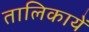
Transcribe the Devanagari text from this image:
तालिकायें